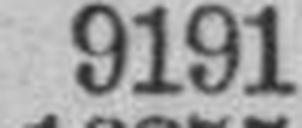
9191